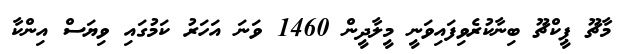
މާޗޫ ޕީކްޗޫ ބިނާކުރެވިފައިވަނީ މީލާދީން 1460 ވަނަ އަހަރު ކަމުގައި ވިޔަސް އިންކާ